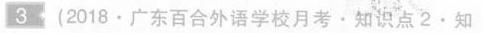
3 (2018·广东百合外语学校月考 · 知识点2 · 知